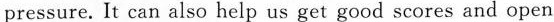
pressure. It can also help us get good scores and open